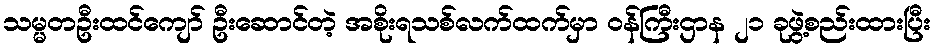
သမ္မတဦးထင်ကျော် ဦးဆောင်တဲ့ အစိုးရသစ်လက်ထက်မှာ ဝန်ကြီးဌာန ၂၁ ခုဖွဲ့စည်းထားပြီး